Calcutta medical institutions reports 1879-81 [i.e.91]
Year: 1879
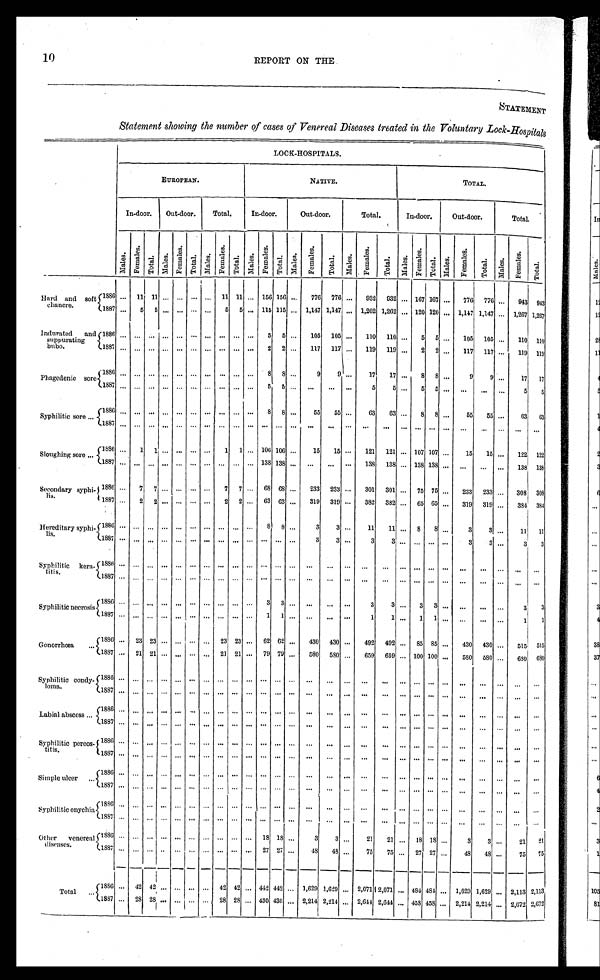
10
REPORT ON THE
STATEMENT
Statement showing the number of cases of Venereal Diseases treated in the Voluntary Lock-Hospitals
LOCK-HOSPITALS.
.
EUROPEAN.
NATIVE.
T O T A L .
In-door.
Out-door.
Total.
In-door.
Out-door.
Total.
In-door.
Out-door.
Total.
Mal es .
F e m a l e s .
Tot al .
Mal es.
F e m a l e s .
Tot al .
M a l e s .
F e ma l e s .
Tot al .
Mal es.
F e m a l e s .
Total. Mal es.
Femal es.
T o t a l .
M a l e s .
F e m a l e s .
Total.
Mal es.
F e m a l e s .
Total. M a l e s .
F e m a l e s .
Total.
M a l e s .
F e m a l e s .
T o t a l .
H a r d a n d s o f t c h a n c r e .
1 8 8 6
. . .
1 1
1 1 . . .
. . . . . .
. . .
1 1
1 1 . . .
1 5 6
1 5 6 . . .
7 7 6
7 7 6 . . .
9 3 2
9 3 2 . . .
1 6 7
1 6 7 . . .
7 7 6
7 7 6 . . .
9 4 3
9 4 3
1 8 8 7
. . .
5
5
. . .
. . . . . .
. . .
5
5 . . .
1 1 5
1 1 5 . . .
1 , 1 4 7
1 , 1 4 7 . . .
1 , 2 6 2
1 , 2 6 2 . . .
1 2 0
1 2 0 . . .
1 , 1 4 7
1 , 1 4 7 . . .
1 , 2 6 7
1 , 2 6 7
Indurated and
suppurating
bubo.
1 8 8 6
. . .
. . . . . .
. . .
. . . . . .
. . .
. . . . . .
. . .
5
5 . . .
1 0 5
1 0 5 . . .
1 1 0
1 1 0 . . .
5
5 . . .
1 0 5
1 0 5 . . .
1 1 0
1 1 0
1 8 8 7
. . .
. . . . . .
. . .
. . . . . .
. . .
. . . . . .
. . .
2
2 . . .
1 1 7
1 1 7 . . .
1 1 9
1 1 9 . . .
2
2 . . .
1 1 7
1 1 7 . . .
1 1 9
1 1 9
Phagedenic sore.
1 8 8 6
. . .
. . .
. . .
. . .
. . .
. . .
. . .
. . .
. . .
. . .
8
8
. . .
9
9
. . .
1 7
1 7 . . .
8
8
. . .
9
9 . . .
1 7
1 7
1 8 8 7
. . .
. . .
. . .
. . .
. . .
. . .
. . .
. . .
. . .
. . .
5
5
. . .
. . .
. . .
. . .
5
5
. . .
5
5
. . .
. . .
. . .
. . .
5
5
Syphilitic sore.
1 8 8 6
. . .
. . .
. . .
. . .
. . .
. . .
. . .
. . . . . .
. . .
8
8
. . .
5 5
5 5
. . .
6 3
6 3 . . .
8
8
. . .
5 5
5 5 . . .
6 3
6 3
1 8 8 7
. . .
. . .
. . .
. . .
. . .
. . .
. . .
. . .
. . .
. . .
. . .
. . .
. . .
. . .
. . .
. . . . . .
. . .
. . .
. . .
. . .
. . .
. . . . . .
. . .
. . .
. . .
Sloughing sore.
1 8 8 6
. . .
1
1
. . .
. . .
. . .
. . .
1
1
. . .
1 0 6
1 0 6 . . .
1 5
1 5
. . .
1 2 1
1 2 1
. . .
1 0 7
1 0 7 . . .
1 5
1 5 . . .
1 2 2
1 2 2
1 8 8 7
. . .
. . .
. . .
. . .
. . .
. . .
. . .
. . .
. . .
. . .
1 3 8
1 3 8 . . .
. . .
. . .
. . .
1 3 8
1 3 8
. . .
1 3 8
1 3 8 . . .
. . .
. . .
. . .
1 3 8
1 3 8
Secondary syphi
lis.
1 8 8 6
. . .
7
7
. . .
. . .
. . .
. . .
7
7
. . .
6 8
6 8 . . .
2 3 3
2 3 3
. . .
3 0 1
3 0 1
. . .
7 5
7 5 . . .
2 3 3
2 3 3 . . .
3 0 8
3 0 8
1 8 8 7
. . .
2
2
. . .
. . .
. . .
. . .
2
2
. . .
6 3
6 3
. . .
3 1 9
3 1 9
. . .
3 8 2
3 8 2
. . .
6 5
6 5
. . .
3 1 9
3 1 9 . . .
3 8 4
3 8 4
Hereditary syphi-
lis.
1 8 8 6
. . .
. . .
. . .
. . .
. . .
. . .
. . .
. . .
. . .
. . .
8 8
. . .
3
3
. . .
1 1
1 1
. . .
8
8
. . .
3
3 . . .
1 1
1 1
1 8 8 7
. . .
. . .
. . .
. . .
. . .
. . .
. . .
. . .
. . .
. . .
. . .
. . .
. . .
3
3
. . .
3
3
. . .
. . .
. . .
. . .
3
3 . . .
3
3
Syphilitic kera-
t i t i s .
1 8 8 6
. . .
. . .
. . .
. . .
. . .
. . .
. . .
. . .
. . .
. . .
. . .
. . .
. . .
. . .
. . .
. . .
. . . . . .
. . .
. . .
. . .
. . .
. . .
. . .
. . .
. . .
. . .
1 8 8 7
. . .
. . .
. . .
. . .
. . .
. . .
. . .
. . .
. . .
. . .
. . .
. . .
. . .
. . .
. . .
. . .
. . .
. . .
. . .
. . .
. . .
. . .
. . . . . .
. . .
. . .
. . .
Syphilitic necrosis.
1 8 8 6
. . .
. . .
. . .
. . .
. . .
. . .
. . .
. . .
. . .
. . .
3
3
. . .
. . .
. . .
. . .
3
3
. . .
3
3
. . .
. . .
. . .
. . .
3
3
1 8 8 7
. . .
. . .
. . .
. . .
. . .
. . .
. . .
. . .
. . .
. . .
1
1
. . .
. . .
. . .
. . .
1
1
. . .
1
1
. . .
. . .
. . .
. . .
1
1
Gonorrhœa.
1 8 8 6
. . .
2 3
2 3
. . .
. . .
. . .
. . .
2 3
2 3
. . .
6 2
6 2
. . .
4 3 0
4 3 0
. . .
4 9 2
4 9 2
. . .
8 5
8 5
. . .
4 3 0
4 3 0
. . .
5 1 5
5 1 5
1 8 8 7
. . .
2 1
2 1
. . .
. . .
. . .
. . .
2 1
2 1
. . .
7 9
7 9
. . .
5 8 0
5 8 0
. . .
6 5 9
6 5 9
. . .
1 0 0
1 0 0
. . .
5 8 0
5 8 0
. . .
6 8 0
6 8 0
Syphilitic condy-
loma.
1 8 8 6
. . .
. . .
. . .
. . .
. . .
. . .
. . .
. . .
. . .
. . .
. . .
. . .
. . .
. . .
. . .
. . .
. . .
. . .
. . .
. . .
. . .
. . .
. . .
. . .
. . .
. . .
. . .
1 8 8 7
. . .
. . .
. . .
. . .
. . .
. . .
. . .
. . .
. . .
. . .
. . .
. . .
. . .
. . .
. . .
. . .
. . .
. . .
. . .
. . .
. . .
. . .
. . .
. . .
. . .
. . .
. . .
Labial abscess
1 8 8 6
. . .
. . .
. . .
. . .
. . .
. . .
. . .
. . .
. . .
. . .
. . .
. . .
. . .
. . .
. . .
. . .
. . .
. . .
. . .
. . .
. . .
. . .
. . .
. . .
. . .
. . .
. . .
1 8 8 7
. . .
. . .
. . .
. . .
. . .
. . .
. . .
. . .
. . .
. . .
. . .
. . .
. . .
. . .
. . .
. . .
. . .
. . .
. . .
. . .
. . .
. . .
. . .
. . .
. . .
. . .
. . .
Syphilitic pereos-
titis.
1 8 8 6
. . .
. . .
. . .
. . .
. . .
. . .
. . .
. . .
. . .
. . .
. . .
. . .
. . .
. . .
. . .
. . .
. . .
. . .
. . .
. . .
. . .
. . .
. . .
. . .
. . .
. . .
. . .
1 8 8 7
. . .
. . .
. . .
. . .
. . .
. . .
. . .
. . .
. . .
. . .
. . .
. . .
. . .
. . .
. . .
. . .
. . .
. . .
. . .
. . .
. . .
. . .
. . .
. . .
. . .
. . .
. . .
Simple ulcer
1 8 8 6
. . .
. . .
. . .
. . .
. . .
. . .
. . .
. . .
. . .
. . .
. . .
. . .
. . .
. . .
. . .
. . .
. . .
. . .
. . .
. . .
. . .
. . .
. . .
. . .
. . .
. . .
. . .
1 8 8 7
. . .
. . .
. . .
. . .
. . .
. . .
. . .
. . .
. . .
. . .
. . .
. . .
. . .
. . .
. . .
. . .
. . .
. . .
. . .
. . .
. . .
. . .
. . .
. . .
. . .
. . .
. . .
Syphilitic onychia
1 8 8 6
. . .
. . .
. . .
. . .
. . .
. . .
. . .
. . .
. . .
. . .
. . .
. . .
. . .
. . .
. . .
. . .
. . .
. . .
. . .
. . .
. . .
. . .
. . .
. . .
. . .
. . .
. . .
. . . 1 . . . 8 8 7
. . .
. . .
. . .
. . .
. . .
. . .
. . .
. . .
. . .
. . .
. . .
. . .
. . .
. . .
. . .
. . .
. . .
. . .
. . .
. . .
. . .
. . .
. . .
. . .
. . .
. . .
. . .
Other venereal
diseases.
1 8 8 6
. . .
. . .
. . .
. . .
. . .
. . .
. . .
. . .
. . .
. . .
1 8 1 8
. . .
3
3
. . .
2 1
2 1 . . .
1 8 1 8
. . .
3
3
. . .
2 1
2 1
1 8 8 7
. . .
. . .
. . .
. . .
. . .
. . .
. . .
. . .
. . .
. . .
2 7
2 7
. . .
4 8
4 8
. . .
7 5
7 5
. . .
2 7
2 7
. . .
4 8
4 8
. . .
7 5
7 5
Total.
1 8 8 6
. . .
4 2
4 2
. . .
. . .
. . .
. . .
4 2
4 2
. . .
4 4 2 4 4 2
. . .
1 , 6 2 9
1 , 6 2 9
. . .
2 , 0 7 1
2 , 0 7 1
. . .
4 8 4
4 8 4
. . .
1 , 6 2 9
1 , 6 2 9
. . .
2 , 1 1 3
2 , 1 1 3
1 8 8 7
. . .
2 8
2 8
. . .
. . .
. . .
. . .
2 8
2 8
. . .
4 3 0
4 3 0
. . .
2 , 2 1 4
2 , 2 1 4
. . .
2 , 6 4 4
2 , 6 4 4
. . .
4 5 8
4 5 8
. . .
2 , 2 1 4
2 , 2 1 4
. . .
2 , 6 7 2
2 , 6 7 2